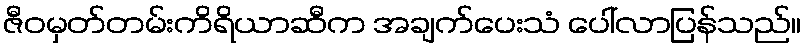
ဇီဝမှတ်တမ်းကိရိယာဆီက အချက်ပေးသံ ပေါ်လာပြန်သည်။